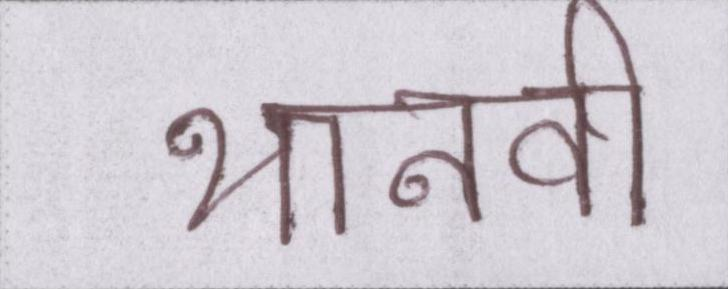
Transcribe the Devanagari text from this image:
थानवी